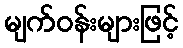
မျက်ဝန်းများဖြင့်